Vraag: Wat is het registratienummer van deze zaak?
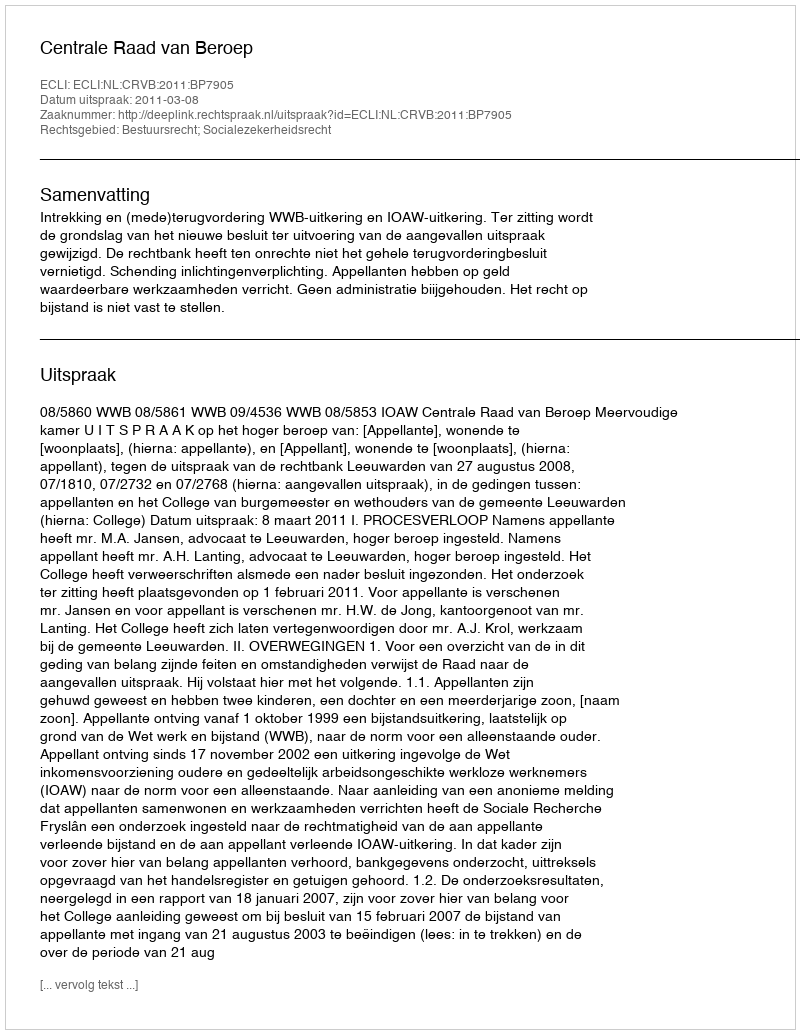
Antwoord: http://deeplink.rechtspraak.nl/uitspraak?id=ECLI:NL:CRVB:2011:BP7905